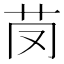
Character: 𦬣